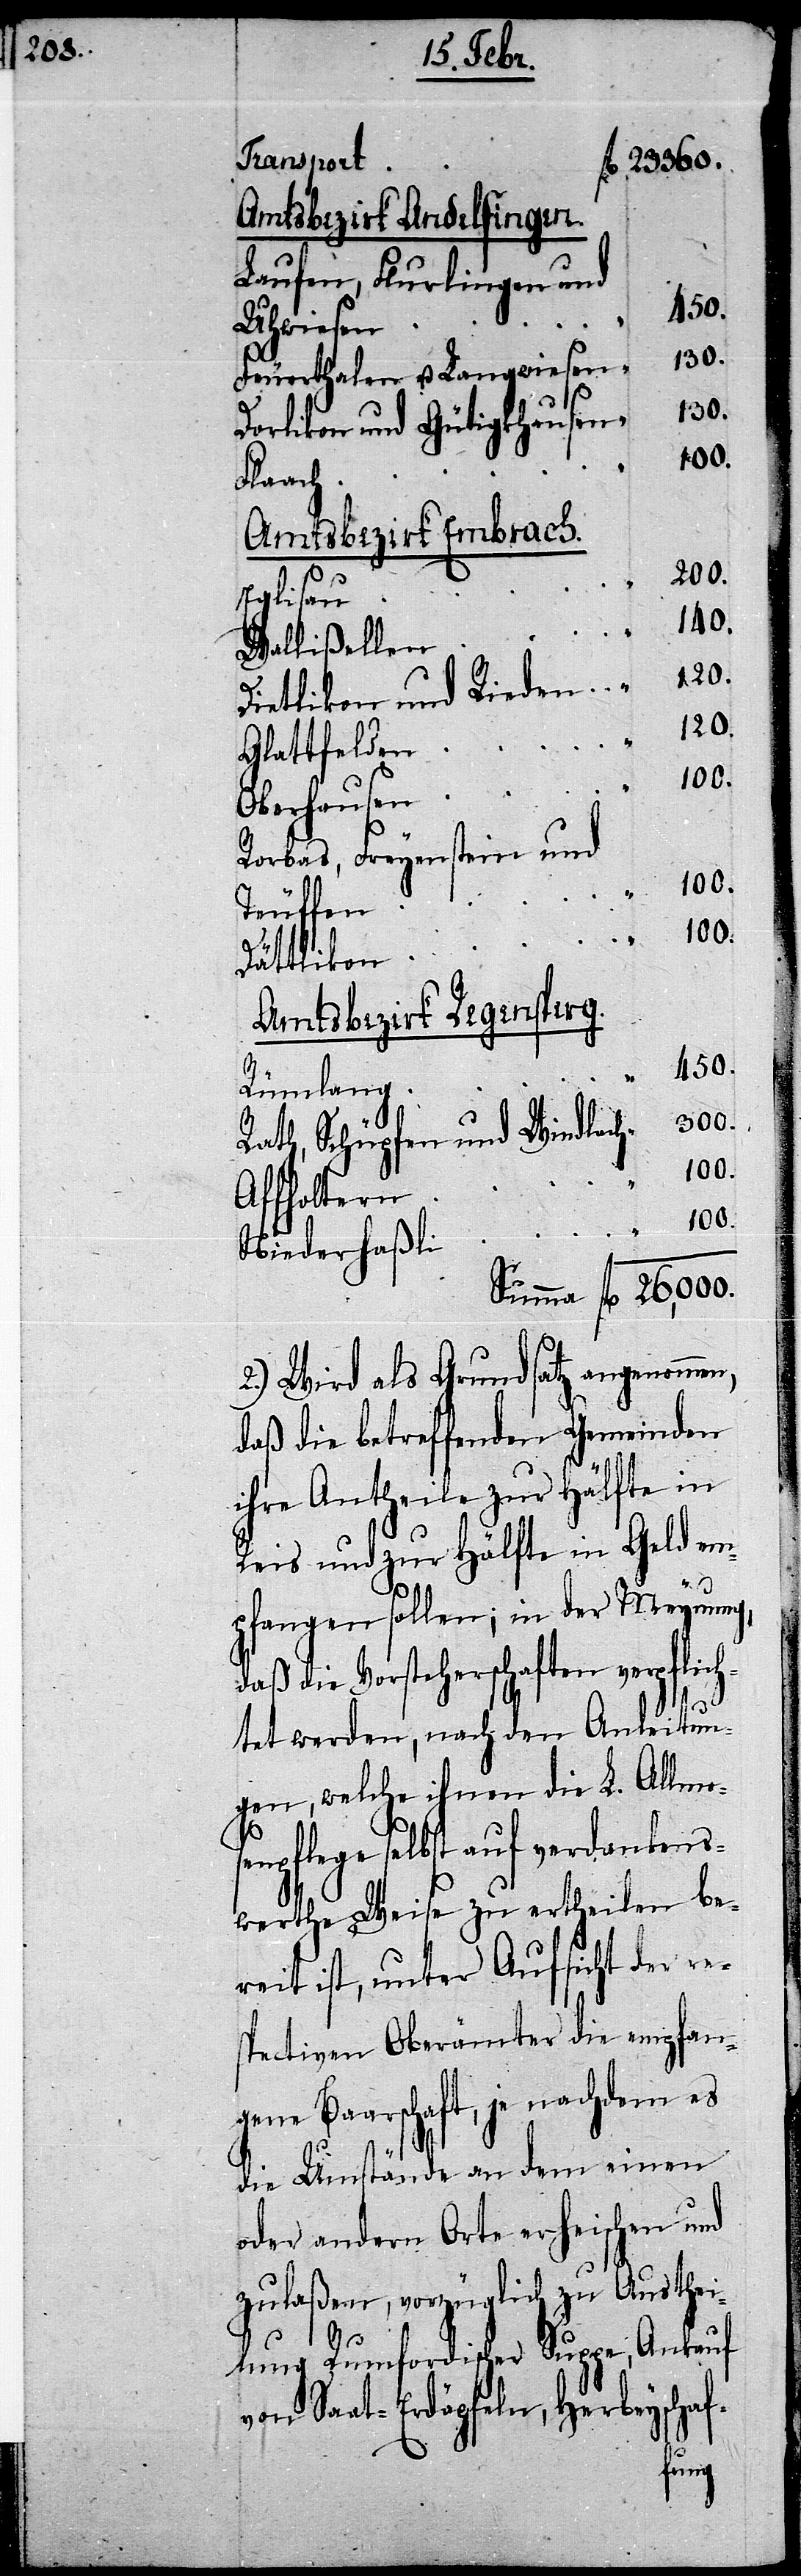
Transport
Amtsbezirk Andelfingen.
Laufen, Flurlingen und
Uhwiesen
fl.
Feuerthalen u. Langwiesen
130.
Dorlikon und Gütigkhausen
26,000.
Flaach
Amtsbezirk Embrach.
200.
Eglisau
140.
Wallißellen
Dietlikon und Rieden
120.
Glattfelden
Oberhausen
Rorbas, Freyenstein und
„
Teuffen
100.
Dättlikon
Amtsbezirk Regensperg.
450.
„
Rümlang
300.
Rath, Schüpfen und Windlach
100.
fl.
Affholtern
100.
Niederhaßli
2.) Wird als Grundsatz angenommen,
daß die betreffenden Gemeinden
ihre Antheile zur Hälfte in
Reis und zur Hälfte in Geld em¬
pfangen sollen; in der Meynung,
daß die Vorsteherschaften verpflich¬
tet werden, nach den Anleitun¬
gen, welche ihnen die L. Allmos¬
enpflege selbst auf verdankens¬
werthe Weise zu ertheilen be¬
reit ist, unter Aufsicht der re¬
spectiven Oberämter die empfan¬
gene Baarschaft, je nachdem es
die Umstände an dem einen
oder andern Orte erheischen und
zulaßen, vorzüglich zu Austhei¬
lung Rumfordischer Suppe, Ankauf
von Saat-Erdäpfeln, Herbeyschaf-